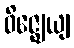
ဝိဇ္ဈေယျ